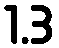
1.3